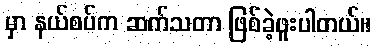
မှာ နယ်စပ်က ဆက်သတာ ဖြစ်ခဲ့ဖူးပါတယ်။